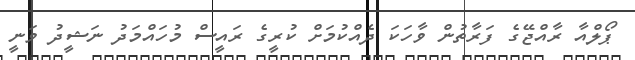
ޕޯލްއާ ރާއްޖޭގެ ފަރާތުން ވާހަކަ ދެއްކުމަށް ކުރީގެ ރައީސް މުހައްމަދު ނަޝީދު ވަނީ